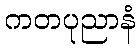
ကတပုညာနံ